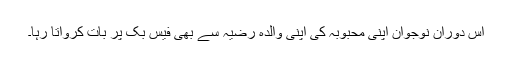
اس دوران نوجوان اپنی محبوبہ کی اپنی والدہ رضیہ سے بھی فیس بک پر بات کرواتا رہا۔